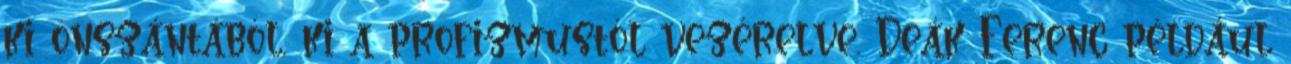
ki önszántából, ki a profizmustól vezérelve. Deák Ferenc például